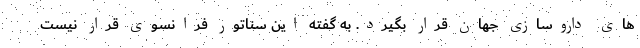
های داروسازی جهان قرار بگیرد. به گفته این سناتور فرانسوی قرار نیست